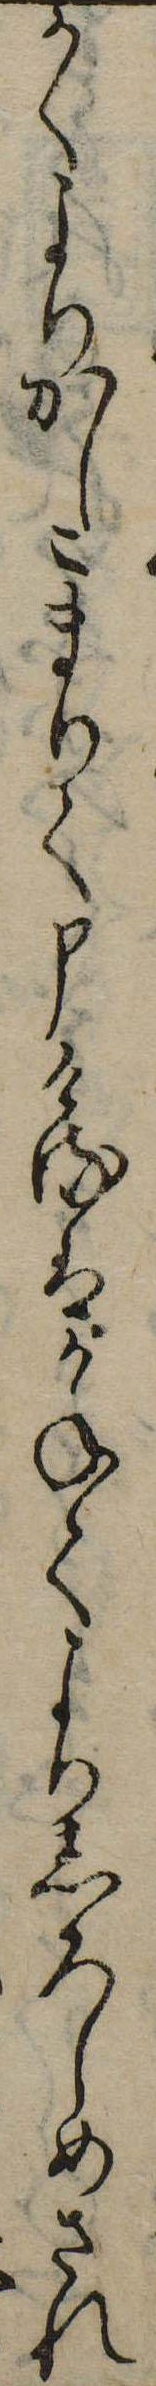
かくよりかしこまりて申けるはかねてよりしろしめされ